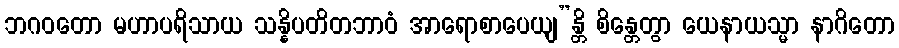
ဘဂဝတော မဟာပရိသာယ သန္နိပတိတဘာဝံ အာရောစာပေယျ”န္တိ စိန္တေတွာ ယေနာယသ္မာ နာဂိတော